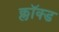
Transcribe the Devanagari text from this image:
क्लॉक्ड